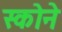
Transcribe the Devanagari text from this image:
स्कोने